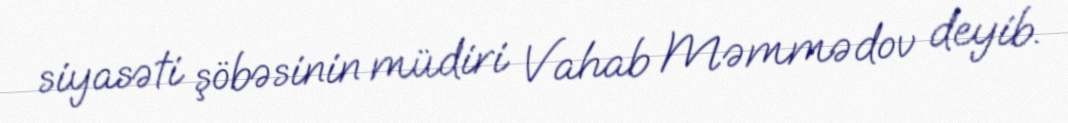
siyasəti şöbəsinin müdiri Vahab Məmmədov deyib.